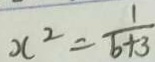
x ^ { 2 } = \frac { 1 } { b + 3 }